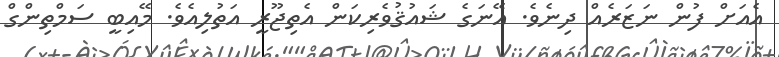
އެއަށް ފުން ނަޒަރެއް ދިނެވެ. އޭނަގެ ޝައުޤުވެރިކަން އެތިޖޫރީ އަތުލިއެވެ. މޭއިބީ ސަމްތިންގް